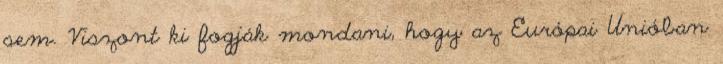
sem. Viszont ki fogják mondani, hogy az Európai Unióban